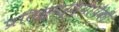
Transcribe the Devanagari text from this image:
प्रतिस्पर्ध्यांपैकी